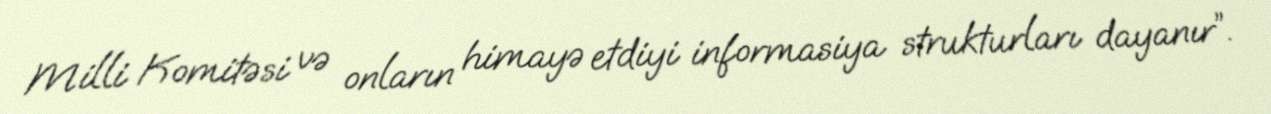
Milli Komitəsi və onların himayə etdiyi informasiya strukturları dayanır”.